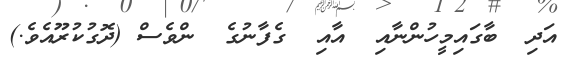
އަދި  ބާގައިމީހުންނާއި  އާއި  ގެފާނުގެ  ންވެސް (ދޮގުކުރޫއެވެ.)